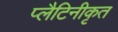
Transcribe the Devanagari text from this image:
प्लैटिनीकृत